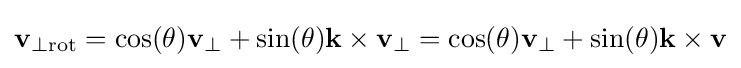
\mathbf {v} _{\perp \mathrm {rot} }=\cos(\theta )\mathbf {v} _{\perp }+\sin(\theta )\mathbf {k} \times \mathbf {v} _{\perp }=\cos(\theta )\mathbf {v} _{\perp }+\sin(\theta )\mathbf {k} \times \mathbf {v}